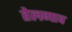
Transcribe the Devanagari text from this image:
तेलगाव